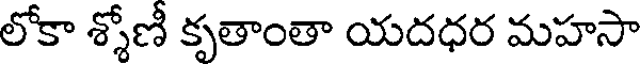
లోకా శ్శోణీ కృతాంతా యదధర మహసా